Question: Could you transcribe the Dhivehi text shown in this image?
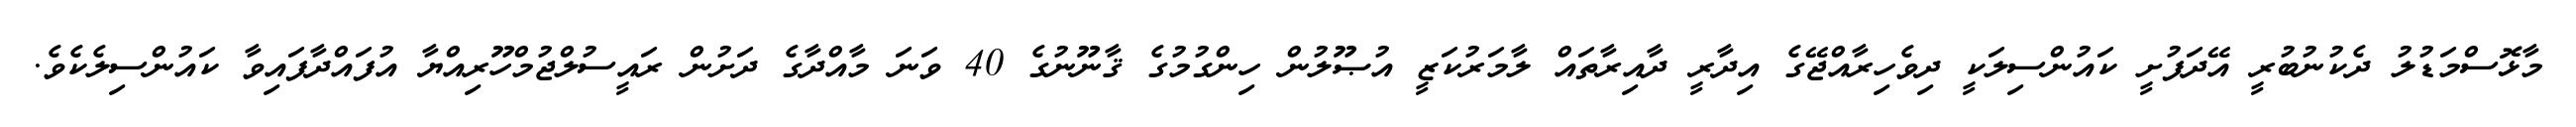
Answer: މާޅޮސްމަޑުލު ދެކުނުބުރީ އޭދަފުށީ ކައުންސިލަކީ ދިވެހިރާއްޖޭގެ އިދާރީ ދާއިރާތައް ލާމަރުކަޒީ އުޞޫލުން ހިންގުމުގެ ޤާނޫނުގެ 40 ވަނަ މާއްދާގެ ދަށުން ރައީސުލްޖުމްހޫރިއްޔާ އުފައްދާފައިވާ ކައުންސިލެކެވެ.